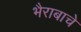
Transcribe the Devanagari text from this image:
भैराबाचे